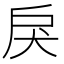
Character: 戾